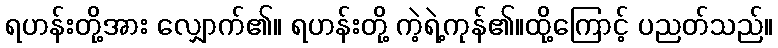
ရဟန်းတို့အား လျှောက်၏။ ရဟန်းတို့ ကဲ့ရဲ့ကုန်၏။ထို့ကြောင့် ပညတ်သည်။